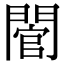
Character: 䦡